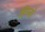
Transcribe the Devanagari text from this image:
हिज्जों